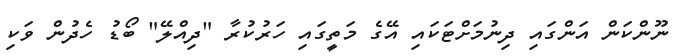
ނޫންކަން އަންގައި ދިނުމަށްޓަކައި އޭގެ މަތީގައި ހަރުކުރާ "ދިއްލޭ" ބޯޑު ހެދުން ވަކި